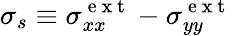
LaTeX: \sigma_{s}\equiv\sigma_{xx}^{\mathrm{~e~x~t~}}-\sigma_{yy}^{\mathrm{~e~x~t~}}